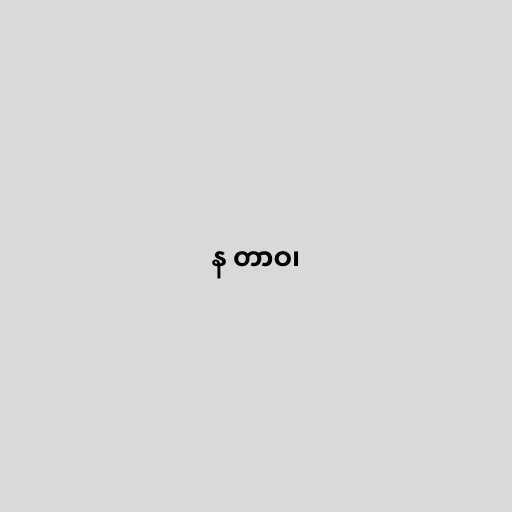
န တာဝ၊